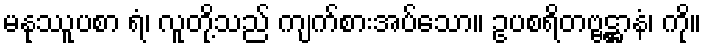
မနုဿူပစာ ရံ၊ လူတို့သည် ကျက်စားအပ်သော။ ဥပစရိတဗ္ဗဋ္ဌာနံ၊ ကို။